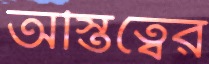
অস্তিত্বের